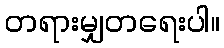
တရားမျှတရေးပါ။